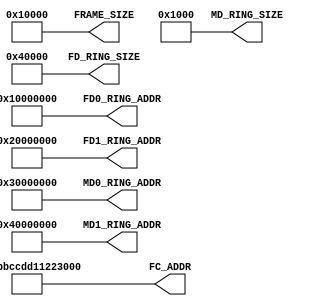
module configure
(
    output[31:0] FRAME_SIZE,
    output[63:0] FD0_RING_ADDR, FD1_RING_ADDR, FD_RING_SIZE,
    output[63:0] MD0_RING_ADDR, MD1_RING_ADDR, MD_RING_SIZE,
    output[63:0] FC_ADDR
);

assign FRAME_SIZE = 32'h1_0000;

assign FD0_RING_ADDR = 32'h1000_0000;
assign FD1_RING_ADDR = 32'h2000_0000;
assign FD_RING_SIZE  = 32'h0004_0000;

assign MD0_RING_ADDR = 32'h3000_0000;
assign MD1_RING_ADDR = 32'h4000_0000;
assign MD_RING_SIZE  = 32'h0000_1000;

assign FC_ADDR  = 64'hAABBCCDD_11223344;

endmodule